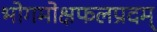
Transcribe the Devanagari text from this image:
भोगमोक्षफलप्रदम्